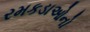
રમકડાઓનો